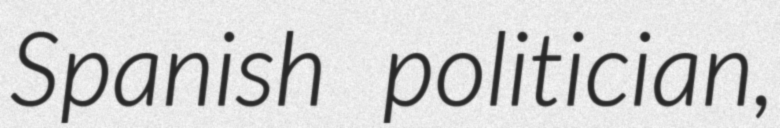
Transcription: Spanish politician,